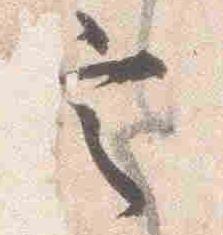
定